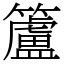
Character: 籚